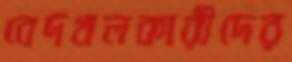
বেদখলকারীদের